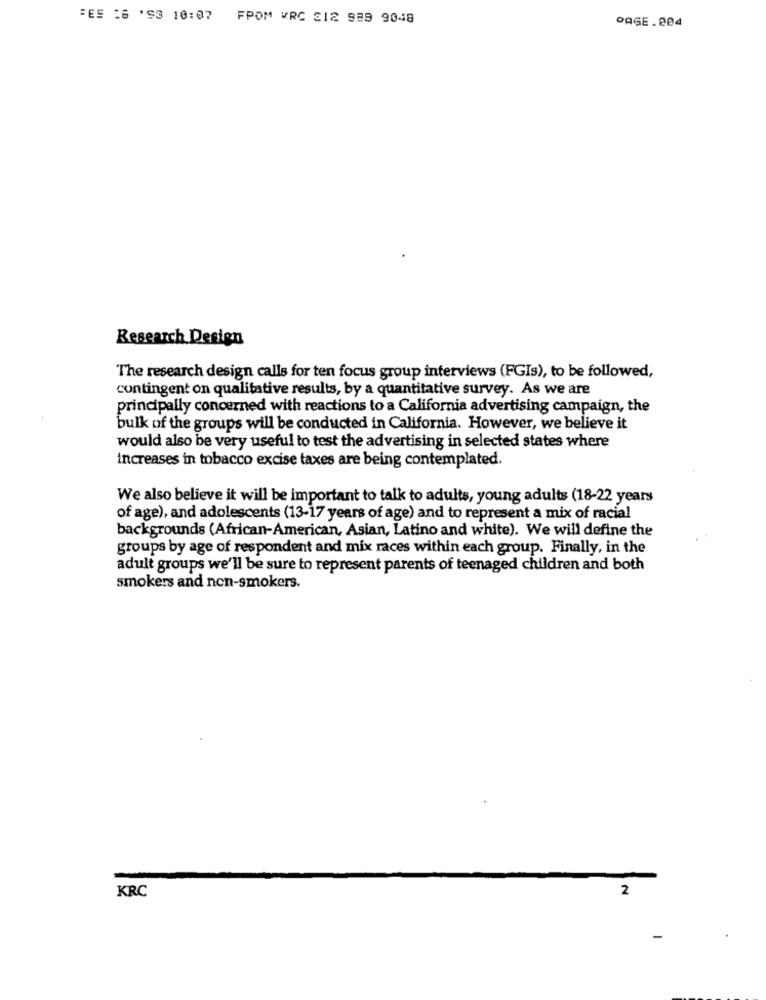
"ES :6 'S3 10:07
FPOM VRC 312 999 9048
PAGE.004
Research Design
The research design calls for ten focus group interviews (FGIs), to be followed,
contingent on qualitative results, by a quantitative survey. As we are
principally concerned with reactions to a California advertising campaign, the
bulk of the groups will be conducted in California. However, we believe it
would also be very useful to test the advertising in selected states where
increases in tobacco excise taxes are being contemplated.
We also believe it will be important to talk to adults, young adults (18-22 years
of age), and adolescents (13-17 years of age) and to represent a mix of racial
backgrounds (African-American, Asian, Latino and white). We will define the
groups by age of respondent and mix races within each group. Finally, in the
adult groups we'll be sure to represent parents of teenaged children and both
smokers and non-smokers.
KRC
2